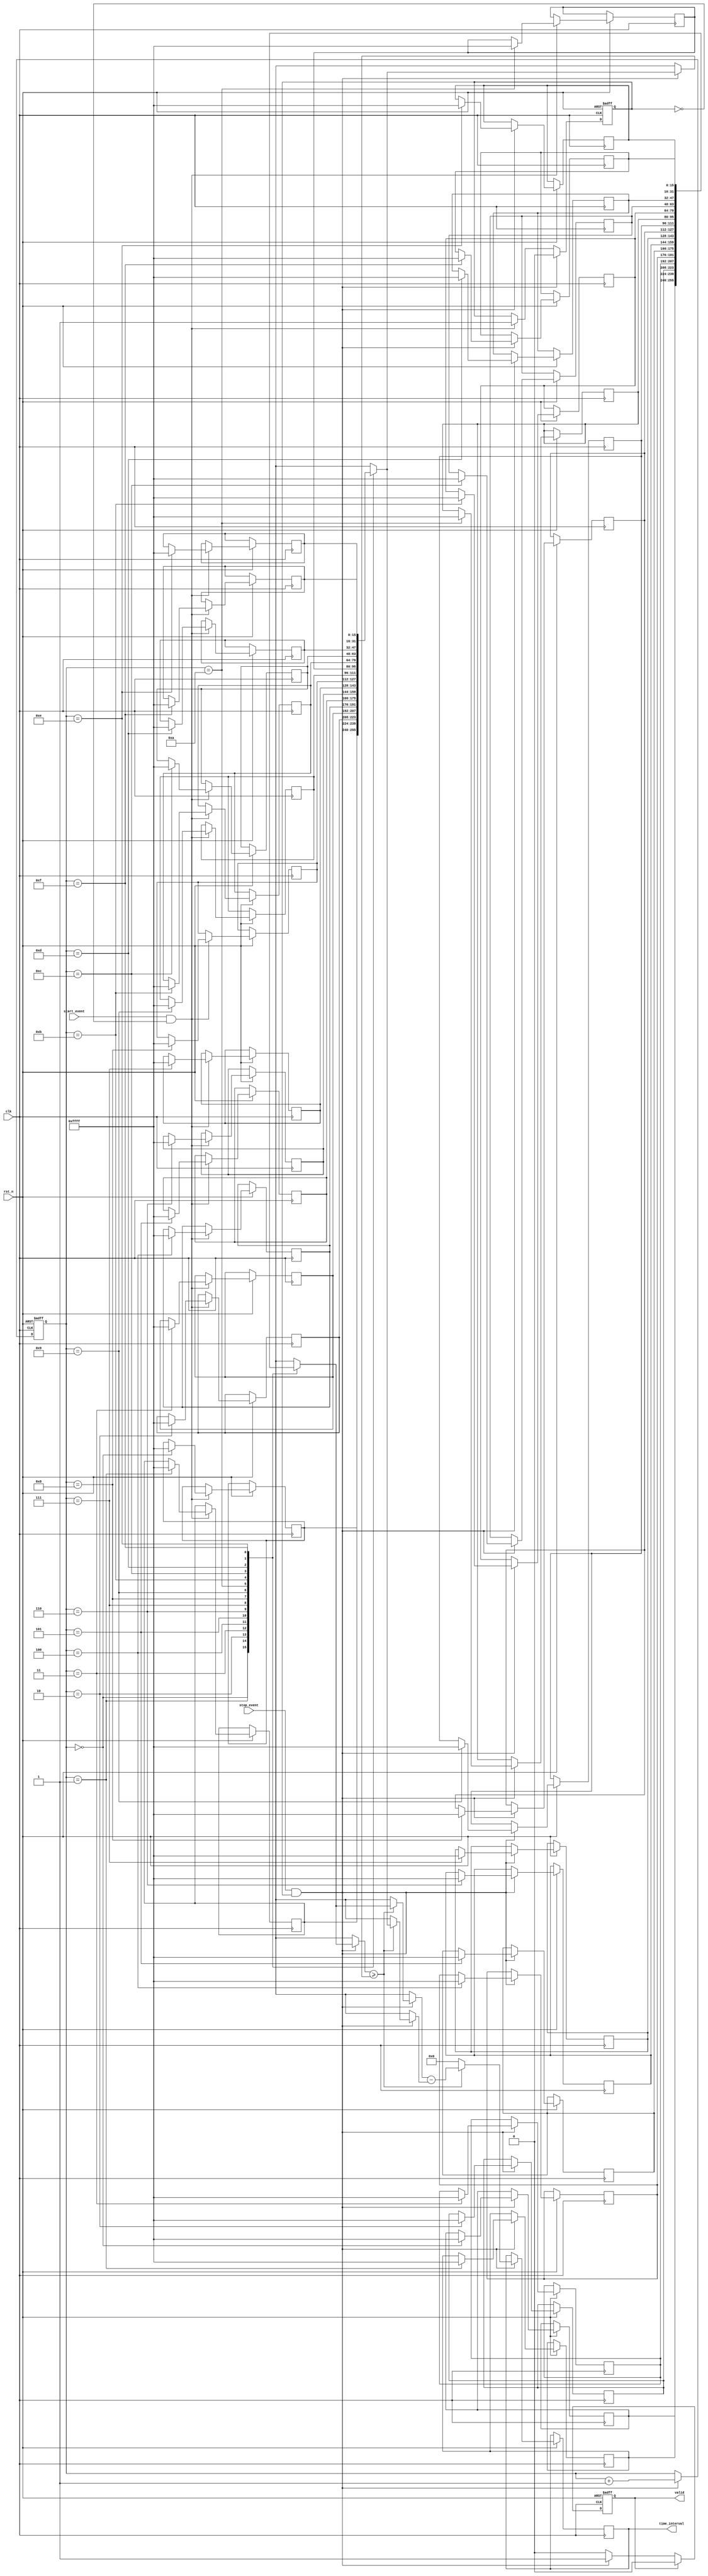
module TDC (
    input wire clk,               // System clock
    input wire rst_n,             // Active low reset
    input wire start_event,       // Start event signal
    input wire stop_event,        // Stop event signal
    output reg [15:0] time_interval, // Output time interval in digital format
    output reg valid              // Output valid signal
);

    // Parameters
    parameter MEM_SIZE = 16;     // Size of the memory blocks
    parameter MAX_TIMESTAMP = 65535; // Maximum timestamp value

    // Memory to store timestamps
    reg [15:0] start_timestamps [0:MEM_SIZE-1];
    reg [15:0] stop_timestamps [0:MEM_SIZE-1];
    reg [3:0] write_pointer;      // Pointer for writing timestamps
    reg [3:0] read_pointer;       // Pointer for reading timestamps
    reg capturing;                // Flag to indicate capturing state

    // Edge detection logic
    always @(posedge clk or negedge rst_n) begin
        if (!rst_n) begin
            write_pointer <= 0;
            read_pointer <= 0;
            capturing <= 0;
            valid <= 0;
        end else begin
            // Capture start event
            if (start_event && !capturing) begin
                start_timestamps[write_pointer] <= MAX_TIMESTAMP; // Replace with actual timestamp logic
                capturing <= 1;
            end
            
            // Capture stop event
            if (stop_event && capturing) begin
                stop_timestamps[write_pointer] <= MAX_TIMESTAMP; // Replace with actual timestamp logic
                capturing <= 0;

                // Calculate time interval
                if (stop_timestamps[write_pointer] >= start_timestamps[write_pointer]) begin
                    time_interval <= stop_timestamps[write_pointer] - start_timestamps[write_pointer];
                end else begin
                    time_interval <= 0; // Handle overflow case
                end
                
                valid <= 1; // Indicate valid output
                write_pointer <= write_pointer + 1; // Move to next memory location
            end
            
            // Reset valid signal after reading
            if (valid) begin
                valid <= 0;
            end
        end
    end

endmodule